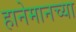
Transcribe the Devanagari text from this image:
हानेमानच्या